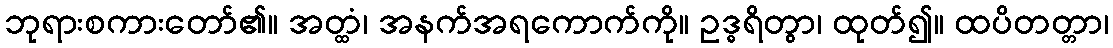
ဘုရားစကားတော်၏။ အတ္ထံ၊ အနက်အရကောက်ကို။ ဥဒ္ဓရိတွာ၊ ထုတ်၍။ ထပိတတ္တာ၊